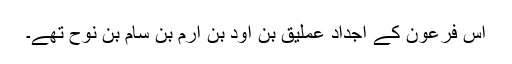
اس فرعون کے اجداد عِملیق بن اَود بن اِرم بن سام بن نوح تھے۔